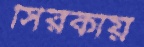
সিরকায়